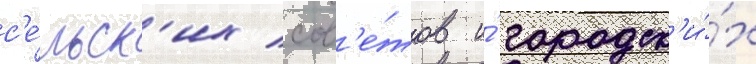
с'е́льск'их сов'е́тов и́ городск'и́х